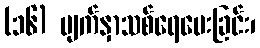
(၁၆) မျက်နှာသစ်ရေပေးခြင်း၊